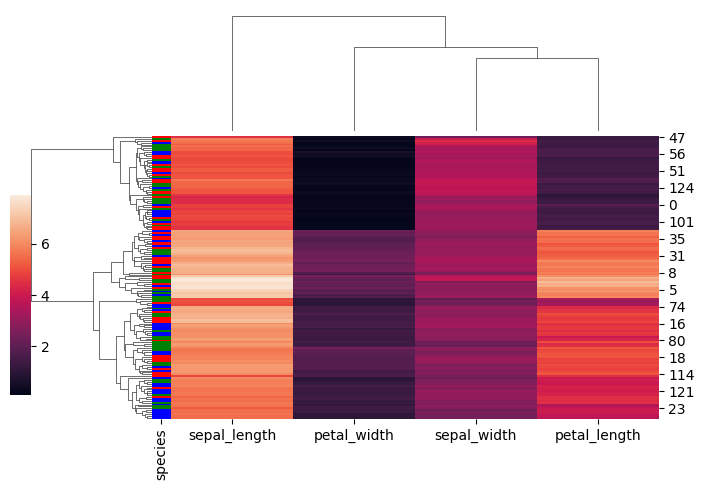
python, seaborn, clustermap, figsize=(7, 5), row_cluster=True, dendrogram_ratio=(0.2, 0.3), cbar_pos=(0, 0.2, 0.03, 0.4)